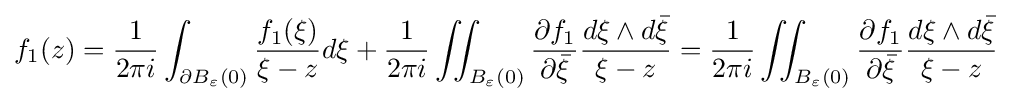
f_{1}(z)={\frac {1}{2\pi i}}\int _{\partial B_{\varepsilon }(0)}{\frac {f_{1}(\xi )}{\xi -z}}d\xi +{\frac {1}{2\pi i}}\iint _{B_{\varepsilon }(0)}{\frac {\partial f_{1}}{\partial {\bar {\xi }}}}{\frac {d\xi \wedge d{\bar {\xi }}}{\xi -z}}={\frac {1}{2\pi i}}\iint _{B_{\varepsilon }(0)}{\frac {\partial f_{1}}{\partial {\bar {\xi }}}}{\frac {d\xi \wedge d{\bar {\xi }}}{\xi -z}}